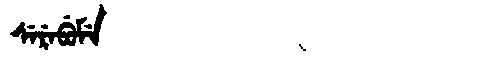
Manchu: ᠰᡝᡵᡝᠪᡠᠮᡝ
Romanization: SEREBUME